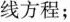
线方程；